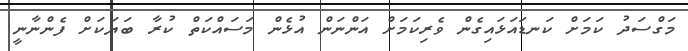
މަގްސަދު ކަމަށް ކަނޑައަޅައިގެން ވެރިކަމަށް އަންނަން އުޅެން މަސައްކަތް ކުރާ ބަޔަކަށް ފެންނާނީ